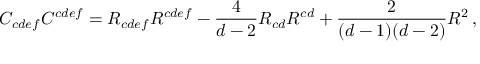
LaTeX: C _ { c d e f } C ^ { c d e f } = R _ { c d e f } R ^ { c d e f } - { \frac { 4 } { d - 2 } } R _ { c d } R ^ { c d } + { \frac { 2 } { ( d - 1 ) ( d - 2 ) } } R ^ { 2 } \, ,